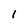
Character: 1